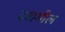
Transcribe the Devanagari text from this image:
दशमील